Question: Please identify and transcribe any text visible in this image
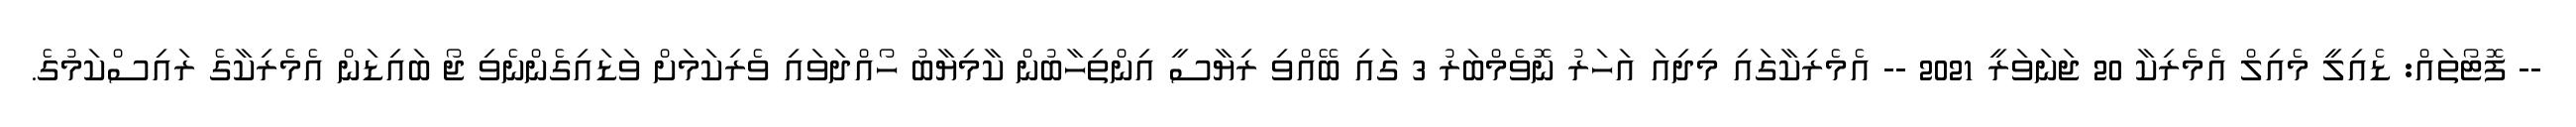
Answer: -- ފޮޓޯތައް: ޑެއިލީ މެއިލް އެމެރިކާ 20 ޖަނަވަރީ 2021 -- އެމެރިކާގައި މިދިއަ އަހަރު ނޮވެމްބަރު 3 ގައި ބޭއްވި ރިޔާސީ އިންތިހާބުން ކާމިޔާބު ހޯއްދަވައި ވެރިކަމަށް ވަޑައިގެންނެވި ޖޯ ބައިޑަން އެމެރިކާގެ ރައިސްކަމުގެ.